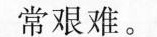
常艰难。